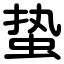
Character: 蛰